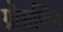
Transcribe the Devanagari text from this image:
ग्रोसजिन